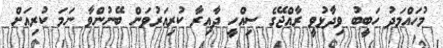
މުހައްމަދު ހަބީބު ވިދާޅުވީ ރާއްޖޭގެ ސިއްހީ ދާއިރާ ކުރިއަރުވަން ބޭނުންވާ ނަމަ ކުރިއަށް